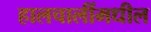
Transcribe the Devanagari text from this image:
हालचालींमधील